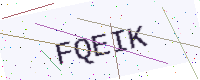
Text: FQEIK